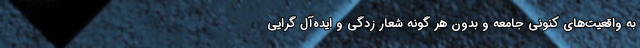
به واقعیت‌های کنونی جامعه و بدون هر گونه شعار زدگی و ایده‌آل گرایی